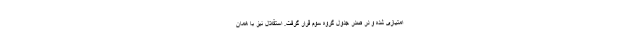
امتیازی شده و در صدر جدول گروه سوم قرار گرفت. استقلال نیز با همان